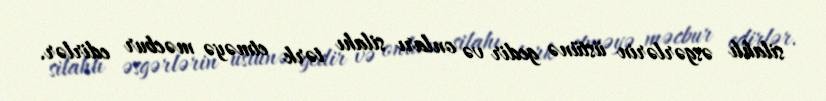
silahlı əsgərlərin üstünə gedir və onları silahı tərk etməyə məcbur edirlər.